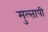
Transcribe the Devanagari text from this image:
मुल्तापी